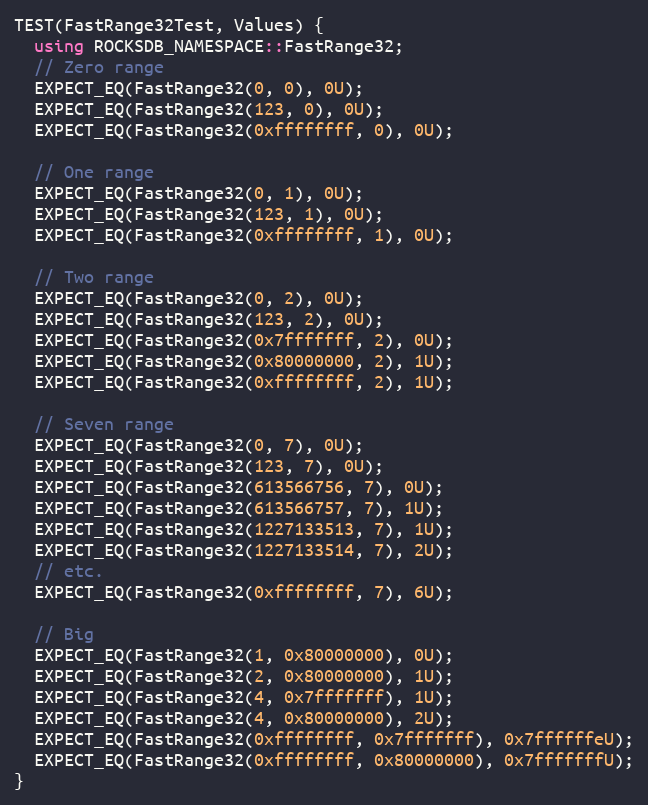
Language: C++
TEST(FastRange32Test, Values) {
  using ROCKSDB_NAMESPACE::FastRange32;
  // Zero range
  EXPECT_EQ(FastRange32(0, 0), 0U);
  EXPECT_EQ(FastRange32(123, 0), 0U);
  EXPECT_EQ(FastRange32(0xffffffff, 0), 0U);

  // One range
  EXPECT_EQ(FastRange32(0, 1), 0U);
  EXPECT_EQ(FastRange32(123, 1), 0U);
  EXPECT_EQ(FastRange32(0xffffffff, 1), 0U);

  // Two range
  EXPECT_EQ(FastRange32(0, 2), 0U);
  EXPECT_EQ(FastRange32(123, 2), 0U);
  EXPECT_EQ(FastRange32(0x7fffffff, 2), 0U);
  EXPECT_EQ(FastRange32(0x80000000, 2), 1U);
  EXPECT_EQ(FastRange32(0xffffffff, 2), 1U);

  // Seven range
  EXPECT_EQ(FastRange32(0, 7), 0U);
  EXPECT_EQ(FastRange32(123, 7), 0U);
  EXPECT_EQ(FastRange32(613566756, 7), 0U);
  EXPECT_EQ(FastRange32(613566757, 7), 1U);
  EXPECT_EQ(FastRange32(1227133513, 7), 1U);
  EXPECT_EQ(FastRange32(1227133514, 7), 2U);
  // etc.
  EXPECT_EQ(FastRange32(0xffffffff, 7), 6U);

  // Big
  EXPECT_EQ(FastRange32(1, 0x80000000), 0U);
  EXPECT_EQ(FastRange32(2, 0x80000000), 1U);
  EXPECT_EQ(FastRange32(4, 0x7fffffff), 1U);
  EXPECT_EQ(FastRange32(4, 0x80000000), 2U);
  EXPECT_EQ(FastRange32(0xffffffff, 0x7fffffff), 0x7ffffffeU);
  EXPECT_EQ(FastRange32(0xffffffff, 0x80000000), 0x7fffffffU);
}